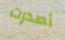
أصدرت